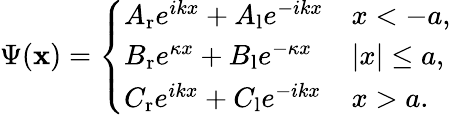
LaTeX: \Psi(\mathbf{x})={\left\{ \begin{array}{ll}{A_{\mathrm{r}}e^{ikx}+A_{\mathrm{l}}e^{-ikx}}&{x<-a,}\\ {B_{\mathrm{r}}e^{\kappa x}+B_{\mathrm{l}}e^{-\kappa x}}&{|x|\leq a,}\\ {C_{\mathrm{r}}e^{ikx}+C_{\mathrm{l}}e^{-ikx}}&{x>a.}\end{array}\right.}